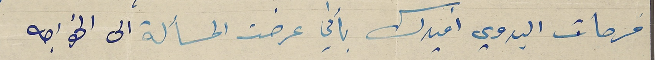
فرحات البدوي افيدك بأني عرضت المسألة الى الخواجه